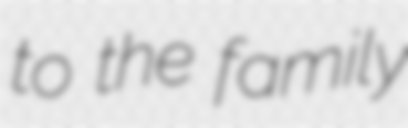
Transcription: to the family